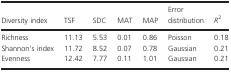
<table><thead><tr><td><b>Diversity index</b></td><td><b>TSF</b></td><td><b>SDC</b></td><td><b>MAT</b></td><td><b>MAP</b></td><td><b>Error distribution</b></td><td><b><i>R</i><sup>2</sup></b></td></tr></thead><tbody><tr><td>Richness</td><td>11.13</td><td>5.53</td><td>0.01</td><td>0.86</td><td>Poisson</td><td>0.18</td></tr><tr><td>Shannon&#x27;s index</td><td>11.72</td><td>8.52</td><td>0.07</td><td>0.78</td><td>Gaussian</td><td>0.21</td></tr><tr><td>Evenness</td><td>12.42</td><td>7.77</td><td>0.11</td><td>1.01</td><td>Gaussian</td><td>0.21</td></tr></tbody></table>